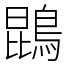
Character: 鵾